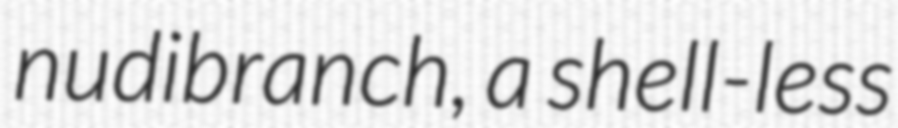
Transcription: nudibranch, a shell-less